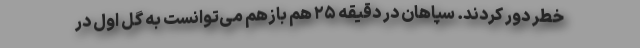
خطر دور کردند. سپاهان در دقیقه ۲۵ هم بازهم می‌توانست به گل اول در